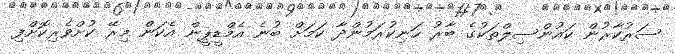
ސަރުކާރުން ކައުންސިލްތަކުގެ ބާރު ހަނިކުރަމުންދާ ކަމަށް ބުނެ އެމްޑީޕީން އެކަން މިރޭ ކުށްވެރިކޮށްފި